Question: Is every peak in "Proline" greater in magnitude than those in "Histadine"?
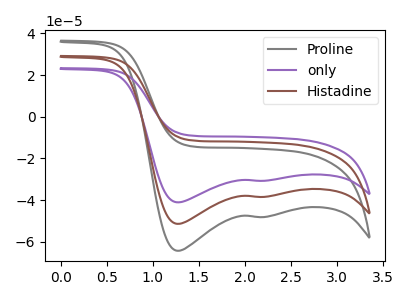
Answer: <think>The gray curve "Proline" has cathodic peaks at (1.25V, -64.35uA) (2.15V, -48.15uA). The purple curve "only" has cathodic peaks at (1.25V, -102.85uA) (2.15V, -76.95uA). The brown curve "Histadine" has cathodic peaks at (1.25V, -51.45uA) (2.15V, -38.45uA).</think>
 <answer>Every peak in "Proline" is higher than every peak in "Histadine".</answer>
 <eval>higher</eval>